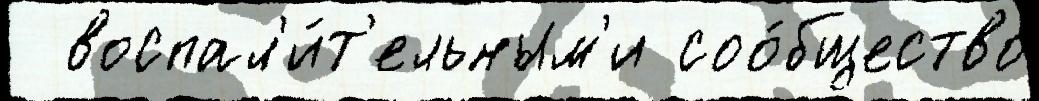
  воспал'и́т'ельным'и соо́бщество